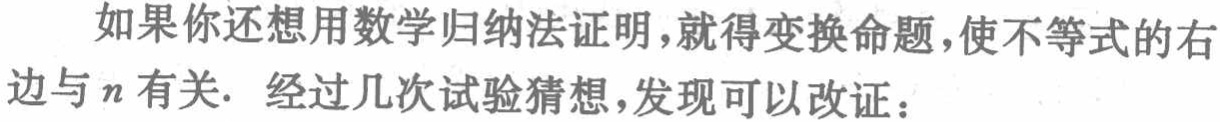
如果你还想用数学归纳法证明，就得变换命题，使不等式的右边与\(n\)有关. 经过几次试验猜想，发现可以改证：